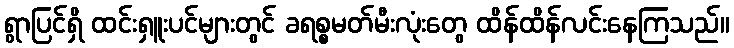
ရွာပြင်ရှိ ထင်းရှူးပင်များတွင် ခရစ္စမတ်မီးလုံးတွေ ထိန်ထိန်လင်းနေကြသည်။